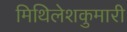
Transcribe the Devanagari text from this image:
मिथिलेशकुमारी